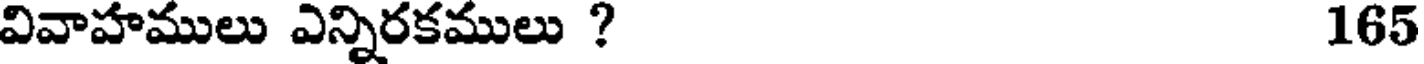
వివాహములు ఎన్నిరకములు ? 165